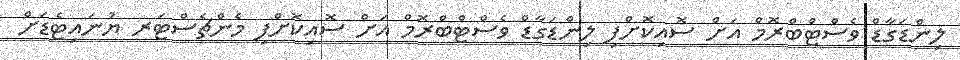
ލިންޑަގާޑް ވެސްޓްބްރޮމް އަށް ސޮއިކޮށްފި ލިންޑަގާޑް ވެސްޓްބްރޮމް އަށް ސޮއިކޮށްފި މެންޗެސްޓަރ ޔުނައިޓެޑަށް